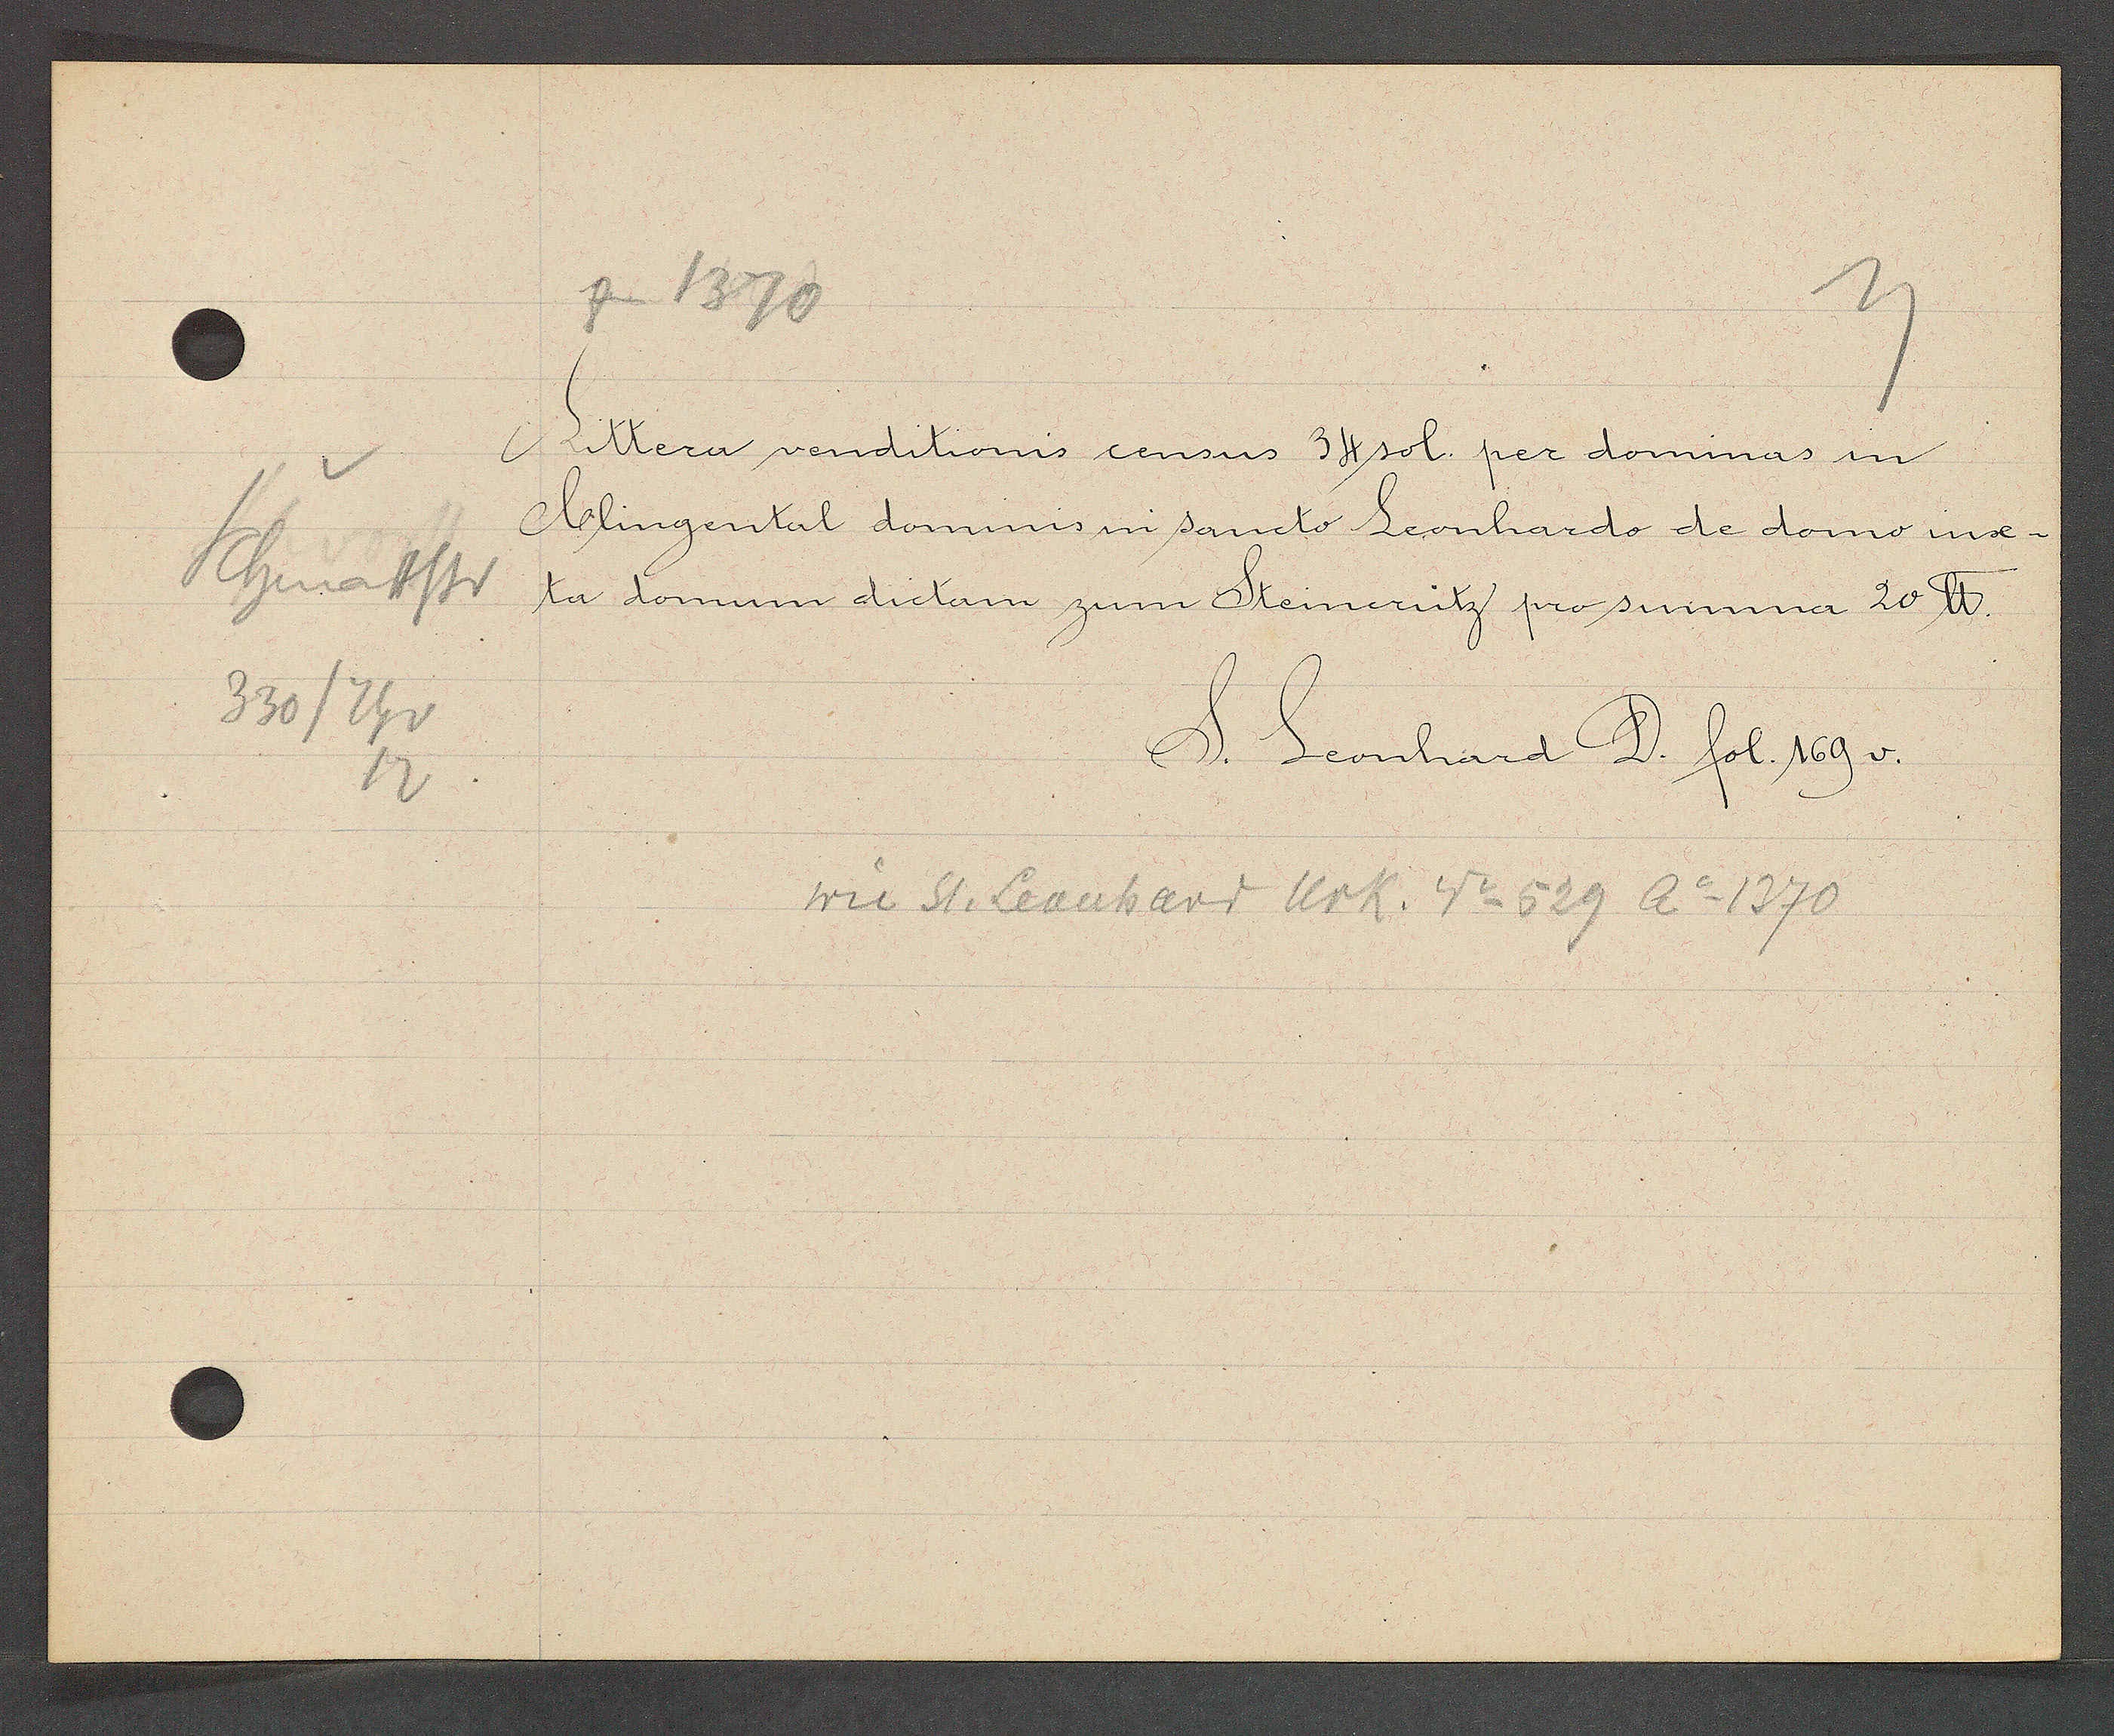
Transcript:
Schmattstr
330/Thv
12

zm 1370

Littera venditionis census 34 sol per dominas in
Clingental dominis in sancto Leonhardo de domo iux¬
ta domum dictam zum Steineritz pro summa 20 ℔.

S. Leonhard D. fol 169v.

wie St. Leonhard Urk. No 529 Ao 1370